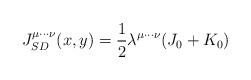
LaTeX: \begin{align*}J_{SD}^{\mu \cdots \nu }(x,y)=\frac{1}{2}\lambda ^{\mu \cdots \nu}(J_{0}+K_{0})\end{align*}